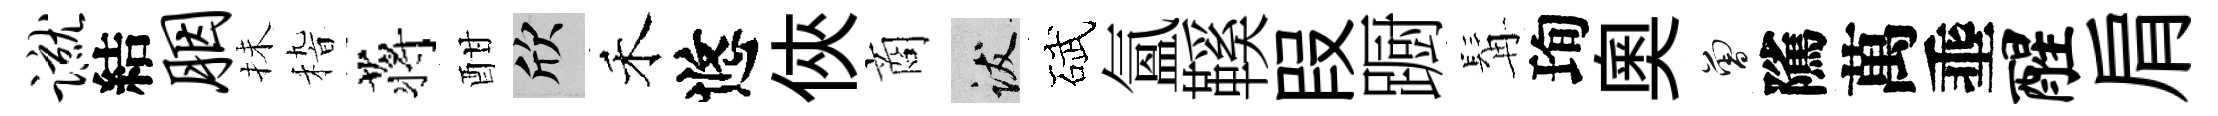
蹴結胭抺𥟵蒋酣欣禾悠俠商跋碔氳鞵叚蹰髯珣奥曾隲萬埀醒肩